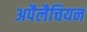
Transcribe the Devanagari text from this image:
अपैलैचियन